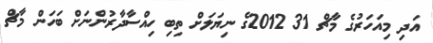
އަދި މިއަހަރުގެ މާޗް 31 2012ގެ ނިޔަލަށް ތިބި ހިއްސާދާރުންނަށް ބަހަން މާޗް